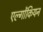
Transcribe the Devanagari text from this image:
एल्गोंकियन